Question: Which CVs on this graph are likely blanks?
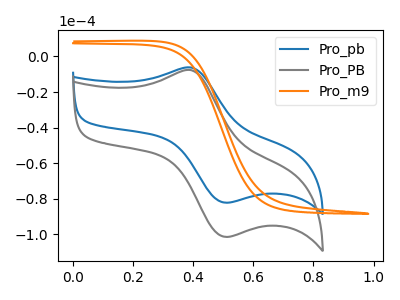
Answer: <think>The blue curve "Pro_pb" has an anodic peak at (0.40V, -6.25uA) and a cathodic peak at (0.50V, -82.25uA). The gray curve "Pro_PB" has an anodic peak at (0.40V, -7.75uA) and a cathodic peak at (0.50V, -101.50uA). The orange curve "Pro_m9" has no peaks.</think>
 <answer>"Pro_m9" is likely to be a blank.</answer>
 <eval>Pro_m9</eval>